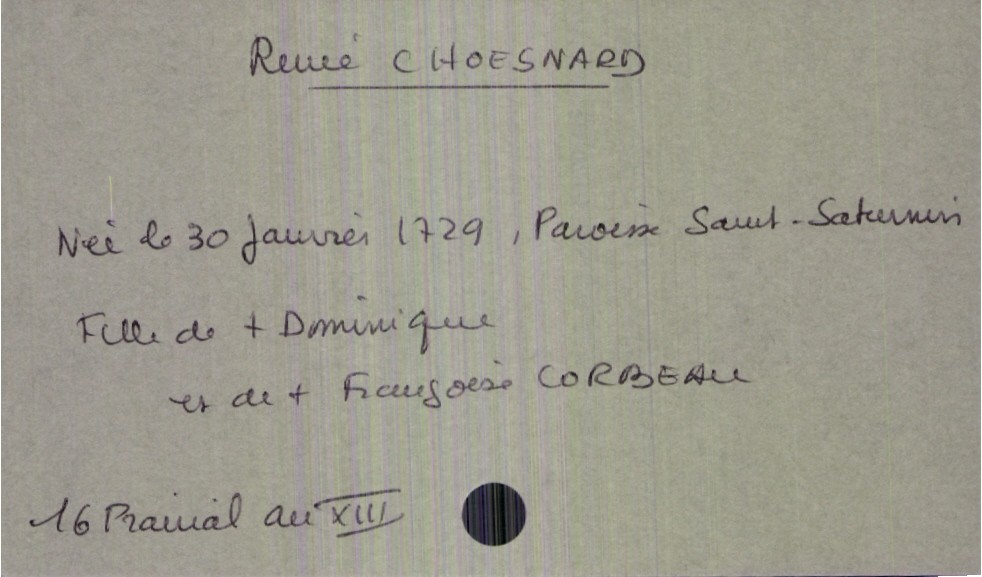
type_acte: Décès
année: an VIII
mois: prairial
jour: 16
défunt_nom: Choesnard
défunt_prénom: René
défunt_sexe: F
défunt_date_de_naissance: 30 janvier 1729
défunt_lieu_de_naissance: Paroisse Saint-Saturnin
père_défunt_nom: Choesnard
père_défunt_prénom: Dominique
père_défunt_statut: décédé
mère_défunt_nom: Corbeau
mère_défunt_prénom: Françoise
mère_défunt_statut: décédée